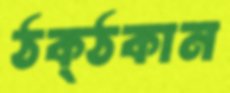
ঠক্‌ঠকান